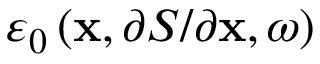
\varepsilon _ { 0 } \left( \mathbf { x } , \partial S / \partial \mathbf { x } , \omega \right)